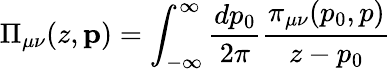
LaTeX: \Pi_{\mu\nu}(z,\mathbf{p})=\int_{-\infty}^{\infty}\frac{dp_{0}}{2\pi}\frac{\pi_{\mu\nu}(p_{0},p)}{z-p_{0}}